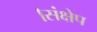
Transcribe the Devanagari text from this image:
।संक्षेप